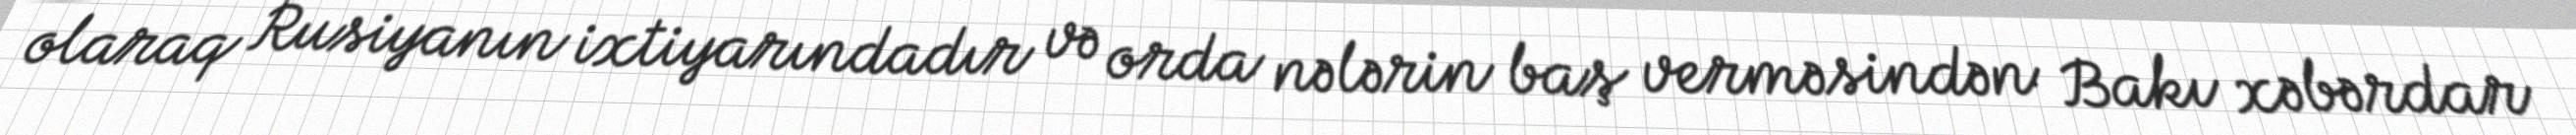
olaraq Rusiyanın ixtiyarındadır və orda nələrin baş verməsindən Bakı xəbərdar